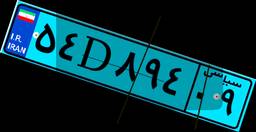
۹۵D۹۸۰۲۵